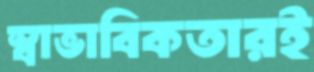
স্বাভাবিকতারই